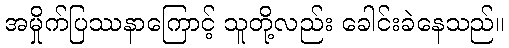
အမှိုက်ပြဿနာကြောင့် သူတို့လည်း ခေါင်းခဲနေသည်။